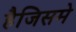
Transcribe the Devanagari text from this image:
हैजिसमे